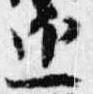
近